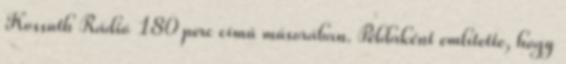
Kossuth Rádió 180 perc című műsorában. Példaként említette, hogy